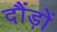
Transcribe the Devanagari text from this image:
दौंड़ों